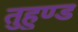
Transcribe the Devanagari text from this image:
तुहुण्ड